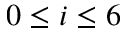
0 \leq i \leq 6